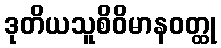
ဒုတိယသူစိဝိမာနဝတ္ထု